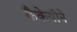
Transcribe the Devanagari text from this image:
कैकेयीने